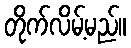
တိုက်လိမ့်မည်။